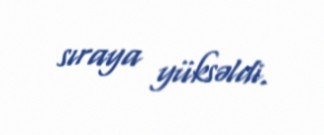
sıraya yüksəldi.